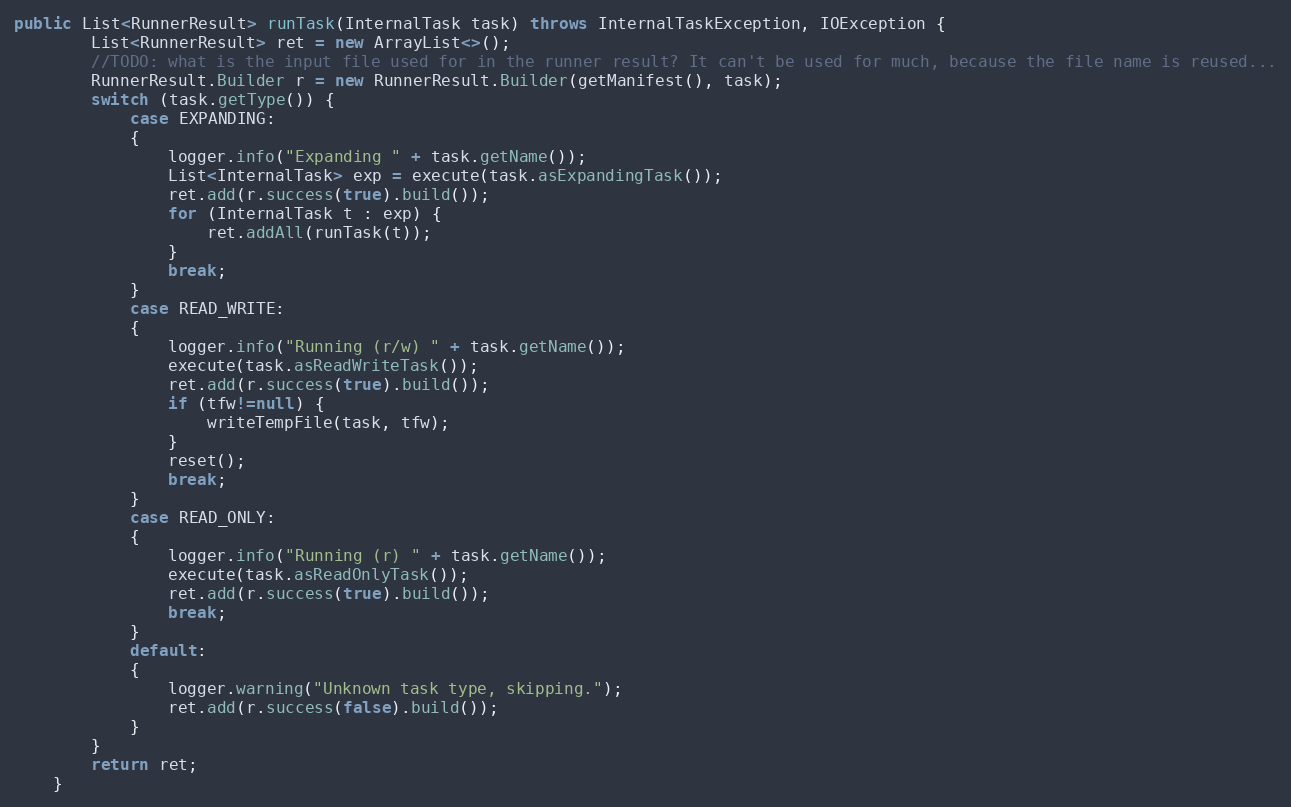
Language: Java
public List<RunnerResult> runTask(InternalTask task) throws InternalTaskException, IOException {
		List<RunnerResult> ret = new ArrayList<>();
		//TODO: what is the input file used for in the runner result? It can't be used for much, because the file name is reused...
		RunnerResult.Builder r = new RunnerResult.Builder(getManifest(), task);
		switch (task.getType()) {
			case EXPANDING:
			{
				logger.info("Expanding " + task.getName());
				List<InternalTask> exp = execute(task.asExpandingTask());
				ret.add(r.success(true).build());
				for (InternalTask t : exp) {
					ret.addAll(runTask(t));
				}
				break;
			}
			case READ_WRITE:
			{
				logger.info("Running (r/w) " + task.getName());
				execute(task.asReadWriteTask());
				ret.add(r.success(true).build());
				if (tfw!=null) {
					writeTempFile(task, tfw);
				}
				reset();
				break;
			}
			case READ_ONLY:
			{
				logger.info("Running (r) " + task.getName());
				execute(task.asReadOnlyTask());
				ret.add(r.success(true).build());
				break;
			}
			default:
			{
				logger.warning("Unknown task type, skipping.");
				ret.add(r.success(false).build());
			}
		}
		return ret;
	}